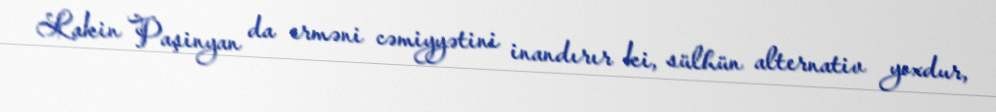
Lakin Paşinyan da erməni cəmiyyətini inandırır ki, sülhün alternativ yoxdur,